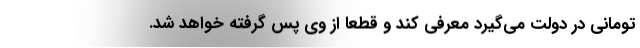
تومانی در دولت می‌گیرد معرفی کند و قطعاً از وی پس گرفته خواهد شد.